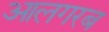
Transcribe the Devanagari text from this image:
आलगरब